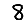
Digit: 8